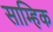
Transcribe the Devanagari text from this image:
साम्हिक